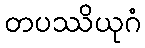
တပဿိယုဂံ